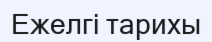
Ежелгі тарихы